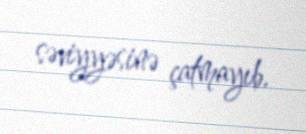
səviyyəsinə çatmayıb.